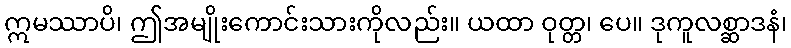
ဣမဿာပိ၊ ဤအမျိုးကောင်းသားကိုလည်း။ ယထာ ဝုတ္တ၊ ပေ။ ဒုကူလစ္ဆာဒနံ၊